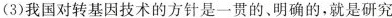
(3)我国对转基因技术的方针是一贯的，明确的，就是研究